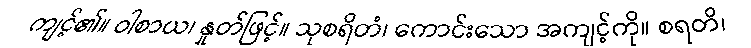
ကျင့်၏။ ဝါစာယ၊ နှုတ်ဖြင့်။ သုစရိတံ၊ ကောင်းသော အကျင့်ကို။ စရတိ၊